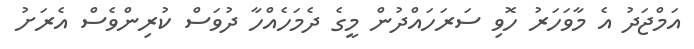
އަމްޖަދު އެ މާވަހަރު ހޮވި ސަރަހައްދުން މީގެ ދެމަހެއްހާ ދުވަސް ކުރިންވެސް އެރަށު